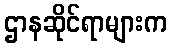
ဌာနဆိုင်ရာများက